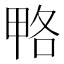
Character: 𰣆